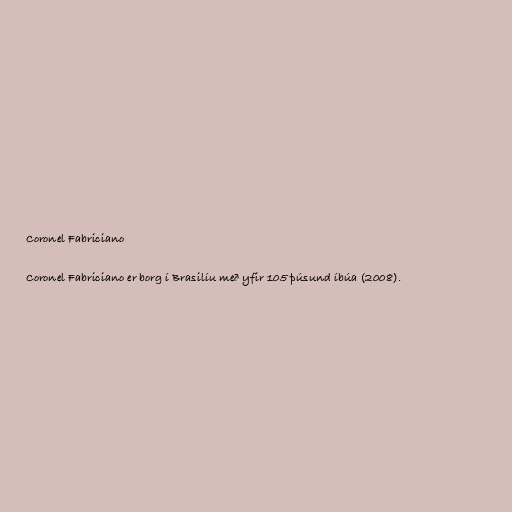
Coronel Fabriciano

Coronel Fabriciano er borg í Brasilíu með yfir 105 þúsund íbúa (2008).